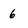
Character: 6